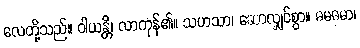
လေတို့သည်။ ဝါယန္တိ၊ လာကုန်၏။ သဟသာ၊ ဆောလျှင်စွာ။ ဓမဓမာ၊